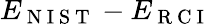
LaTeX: E_{\mathrm{~N~I~S~T~}}-E_{\mathrm{~R~C~I~}}